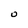
Character: O